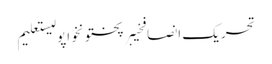
تحریک انصافخیبرپختونخواپولیستعلیم